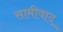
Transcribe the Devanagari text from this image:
सामीवाद